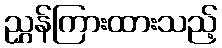
ညွှန်ကြားထားသည့်